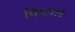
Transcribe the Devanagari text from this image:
पिष्टाल